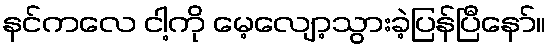
နင်ကလေ ငါ့ကို မေ့လျော့သွားခဲ့ပြန်ပြီနော်။